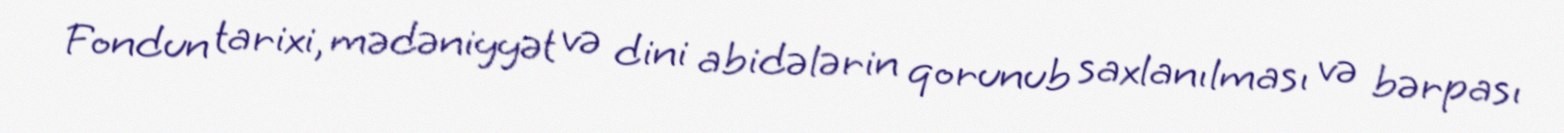
Fondun tarixi, mədəniyyət və dini abidələrin qorunub saxlanılması və bərpası